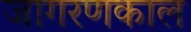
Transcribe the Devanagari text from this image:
जागरणकाल